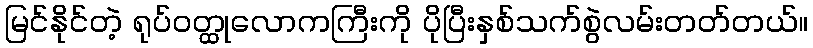
မြင်နိုင်တဲ့ ရုပ်ဝတ္ထုလောကကြီးကို ပိုပြီးနှစ်သက်စွဲလမ်းတတ်တယ်။